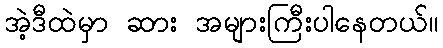
အဲ့ဒီထဲမှာ ဆား အများကြီးပါနေတယ်။